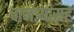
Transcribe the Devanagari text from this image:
वाजंत्र्यांसह